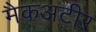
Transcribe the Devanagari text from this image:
मैकअटीर